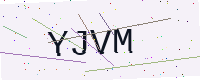
Text: YJVM